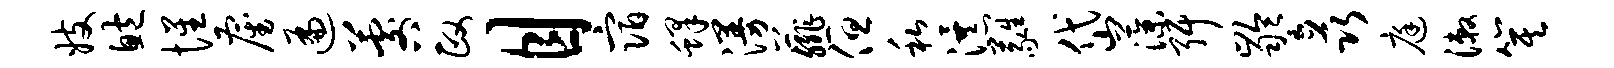
妓鲍惺雇遍晷政目宿蜂漫薤但私瀑蕤岱藻弭龄矗庭漱箕